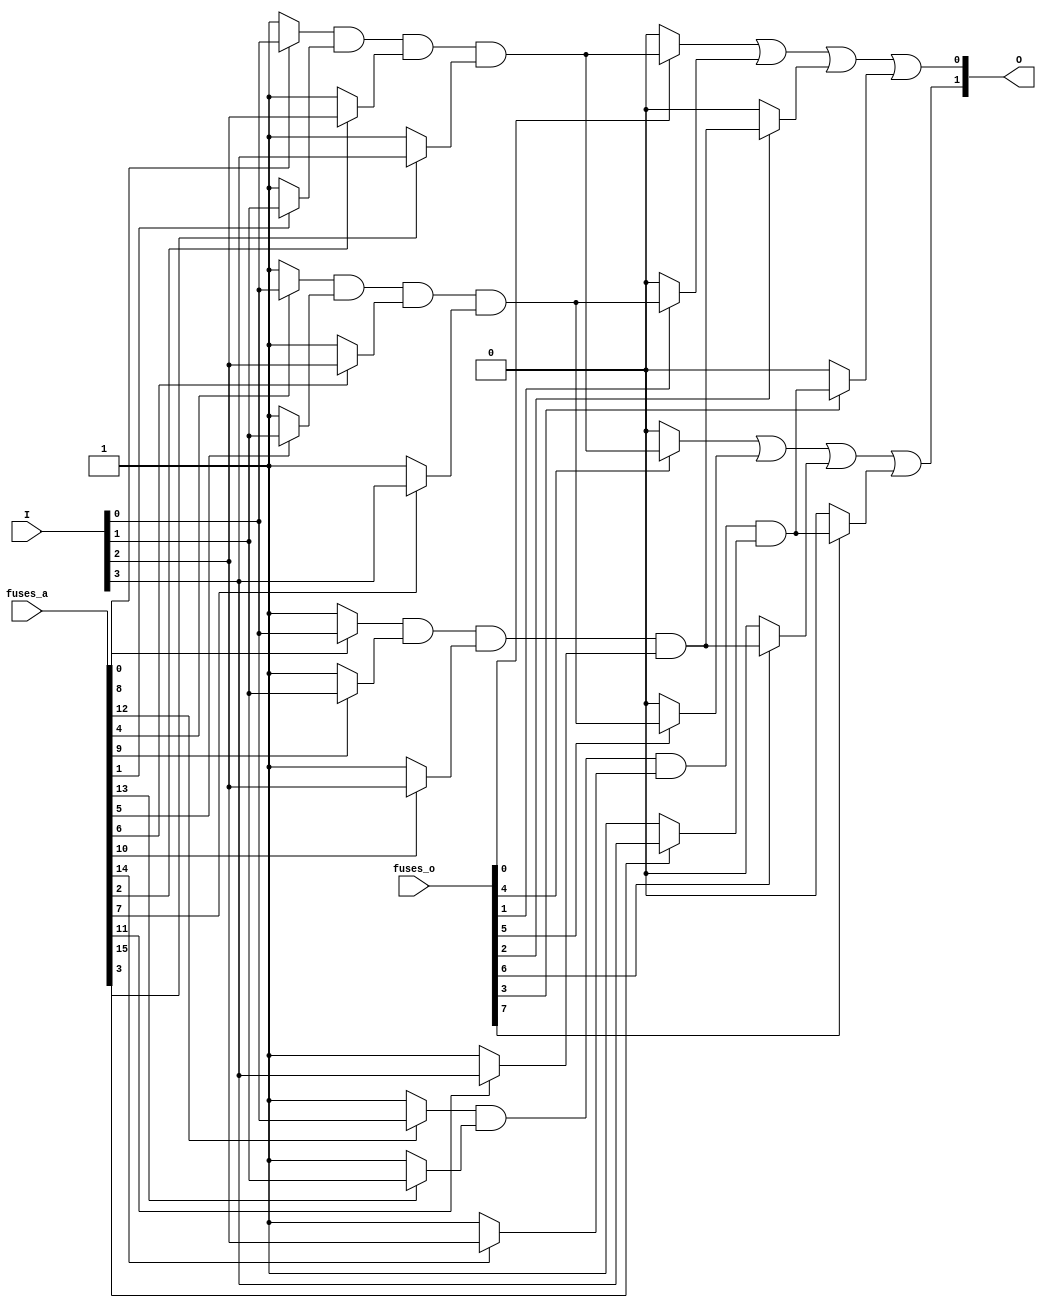
module PLA #(parameter N = 4, // Number of inputs
             parameter M = 4, // Number of AND gates (product terms)
             parameter K = 2  // Number of OR gates (outputs)
            ) (
    input  [N-1:0] I,           // Input signals (I1, I2, ..., In)
    input  [M*N-1:0] fuses_a,   // Fuse connections for AND gates (1 for connect, 0 for disconnect)
    input  [M*K-1:0] fuses_o,   // Fuse connections for OR gates
    output [K-1:0] O            // Output signals (O1, O2, ..., Ok)
);

    wire [M-1:0] P; // Product terms from AND gates
    wire [K-1:0] OR_output; // Outputs from OR gates

    // AND Array Implementation
    genvar i, j;
    generate
        for (i = 0; i < M; i = i + 1) begin : and_array
            assign P[i] = 
                (fuses_a[i*N + 0] ? I[0] : 1'b1) & 
                (fuses_a[i*N + 1] ? I[1] : 1'b1) & 
                (fuses_a[i*N + 2] ? I[2] : 1'b1) & 
                (fuses_a[i*N + 3] ? I[3] : 1'b1); 
        end
    endgenerate

    // OR Array Implementation
    generate
        for (j = 0; j < K; j = j + 1) begin : or_array
            assign OR_output[j] = 
                (fuses_o[j*M + 0] ? P[0] : 1'b0) |
                (fuses_o[j*M + 1] ? P[1] : 1'b0) |
                (fuses_o[j*M + 2] ? P[2] : 1'b0) |
                (fuses_o[j*M + 3] ? P[3] : 1'b0); 
        end
    endgenerate

    assign O = OR_output; // Final output

endmodule